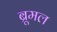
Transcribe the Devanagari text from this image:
ब्रूमल